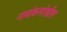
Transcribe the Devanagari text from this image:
नामांकनदेखील